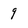
Character: 9